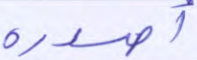
أصدرة